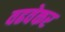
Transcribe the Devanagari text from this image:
वढवेकर